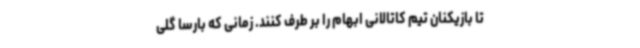
تا بازیکنان تیم کاتالانی ابهام را بر طرف کنند. زمانی که بارسا گلی